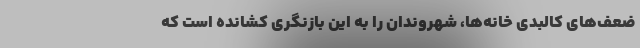
ضعف‌های کالبدی خانه‌ها، شهروندان را به این بازنگری کشانده است که